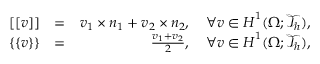
\begin{array} { r l r } { [ [ \boldsymbol { v } ] ] } & { = } & { \boldsymbol { v } _ { 1 } \times \boldsymbol { n } _ { 1 } + \boldsymbol { v } _ { 2 } \times \boldsymbol { n } _ { 2 } , \quad \forall \boldsymbol { v } \in \boldsymbol { H } ^ { 1 } ( \Omega ; \mathcal { T } _ { h } ) , } \\ { \{ \{ \boldsymbol { v } \} \} } & { = } & { \frac { \boldsymbol { v } _ { 1 } + \boldsymbol { v } _ { 2 } } { 2 } , \quad \forall \boldsymbol { v } \in \boldsymbol { H } ^ { 1 } ( \Omega ; \mathcal { T } _ { h } ) , } \end{array}